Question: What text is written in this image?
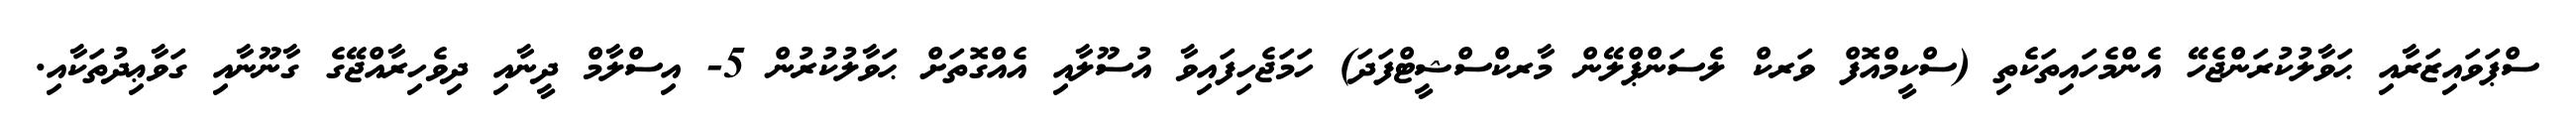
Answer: ސްޕަވައިޒަރާއި ޙަވާލުކުރަންޖެހޭ އެންމެހައިތަކެތި (ސްކީމްއޮފް ވަރކް ލެސަންޕްލޭން މާރކްސްޝީޓްފަދަ) ހަމަޖެހިފައިވާ އުސޫލާއި އެއްގޮތަށް ޙަވާލުކުރުން 5- އިސްލާމް ދީނާއި ދިވެހިރާއްޖޭގެ ގާނޫނާއި ގަވާޢިދުތަކާއި.